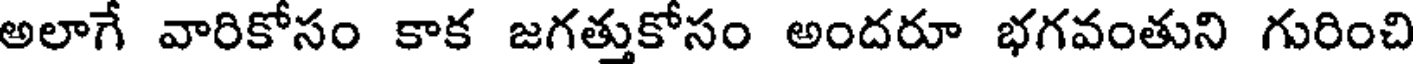
అలాగే వారికోసం కాక జగత్తుకోసం అందరూ భగవంతుని గురించి